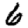
Digit: 6